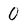
Character: 0